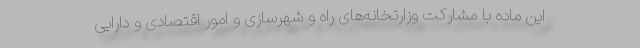
این ماده با مشارکت وزارتخانه‌های راه و شهرسازی و امور اقتصادی و دارایی